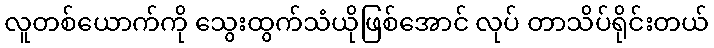
လူတစ်ယောက်ကို သွေးထွက်သံယိုဖြစ်အောင် လုပ် တာသိပ်ရိုင်းတယ်